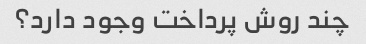
چند روش پرداخت وجود دارد؟